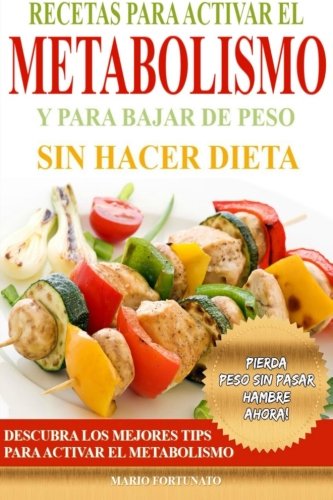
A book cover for Recetas Para Activar el Metabolismo y Para Bajar de Peso sin Hacer Dieta: Descubra los Mejores Tips Para Activar el Metabolismo y Pierda Peso sin Pasar Hambre Ahora (Spanish Edition); Mario Fortunato; Cookbooks, Food & Wine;